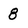
Character: 8